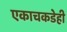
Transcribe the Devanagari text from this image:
एकाचकडेही